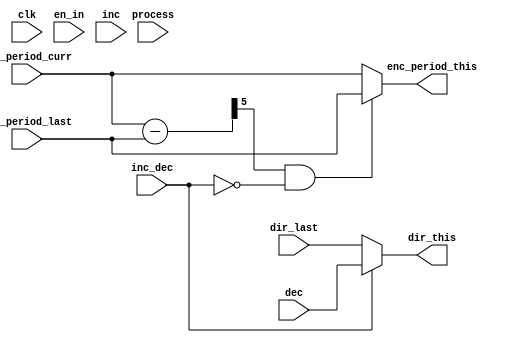
module calc_speed (clk,             
                   en_in,           
                   process,         
                   inc_dec,         
                   inc,             
                   dec,             
                   enc_period_curr, 
                   dir_last,        
                   enc_period_last, 
                   dir_this,        
                   enc_period_this  
                   );
 parameter IGNORE_EN=1;
 input         clk;             
 input         en_in;           
 input         process;         
 input         inc_dec;         
 input         inc;             
 input         dec;             
 input   [4:0] enc_period_curr; 
 input         dir_last;        
 input   [4:0] enc_period_last; 
 output        dir_this;        
 output  [4:0] enc_period_this; 
 wire          en=(IGNORE_EN)?1'b1:en_in; 
 wire          dir_this;
 wire    [4:0] enc_period_this;
 wire    [5:0] diff;
 assign dir_this=              en & (inc_dec?dec:dir_last);
 assign diff[5:0]=            {1'b0,enc_period_curr}-{1'b0,enc_period_last};
 assign enc_period_this[4:0]= en ? ((diff[5] && !inc_dec)?enc_period_last[4:0]:enc_period_curr[4:0]):5'b0;
endmodule